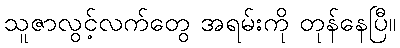
သူဇာလွင့်လက်တွေ အရမ်းကို တုန်နေပြီ။